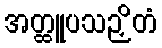
အတ္ထူပသဉှိတံ